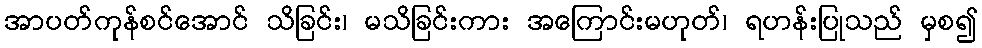
အာပတ်ကုန်စင်အောင် သိခြင်း၊ မသိခြင်းကား အကြောင်းမဟုတ်၊ ရဟန်းပြုသည် မှစ၍